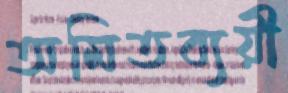
অমিতব্যয়ী